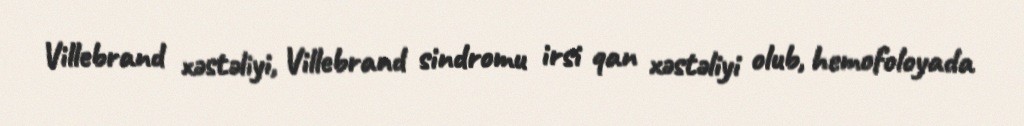
Villebrand xəstəliyi, Villebrand sindromu irsi qan xəstəliyi olub, hemofoloyada